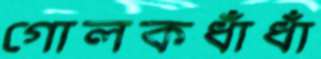
গোলকধাঁধাঁ